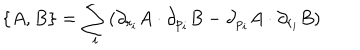
\{ A , B \} = \sum _ { i } ( \partial _ { r _ { i } } A \cdot \partial _ { p _ { i } } B - \partial _ { p _ { i } } A \cdot \partial _ { r _ { i } } B )